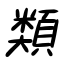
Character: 類